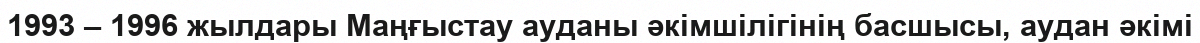
1993 – 1996 жылдары Маңғыстау ауданы әкімшілігінің басшысы, аудан әкімі